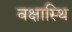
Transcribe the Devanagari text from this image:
वक्षास्थि